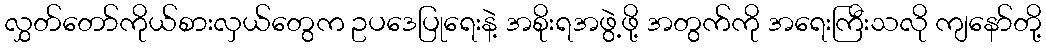
လွှတ်တော်ကိုယ်စားလှယ်တွေက ဥပဒေပြုရေးနဲ့ အစိုးရအဖွဲ့ဖို့ အတွက်ကို အရေးကြီးသလို ကျနော်တို့